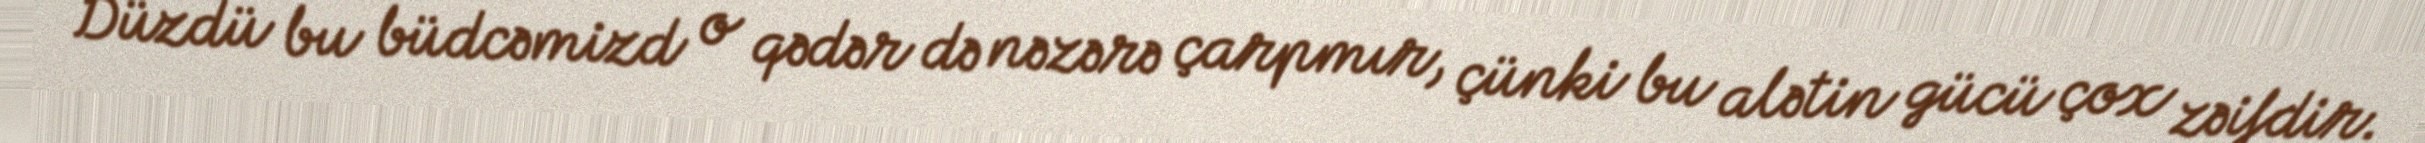
Düzdü bu büdcəmizd o qədər də nəzərə çarpmır, çünki bu alətin gücü çox zəifdir.